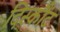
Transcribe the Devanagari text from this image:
दिस्कौंट